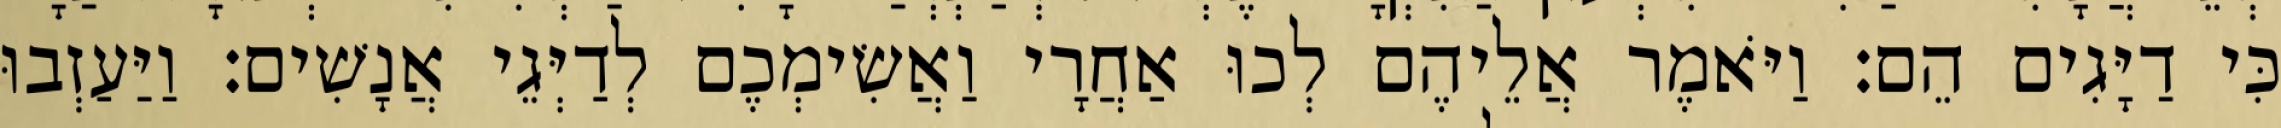
כִּי דַיָּגִים הֵם׃ וַיֹּאמֶר אֲלֵיהֶם לְכוּ אַחֲרָי וַאֲשִׂימְכֶם לְדַיְּגֵי אֲנָשִׁים׃ וַיַּעַזְבוּ